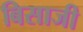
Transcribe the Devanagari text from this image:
बिसाजी